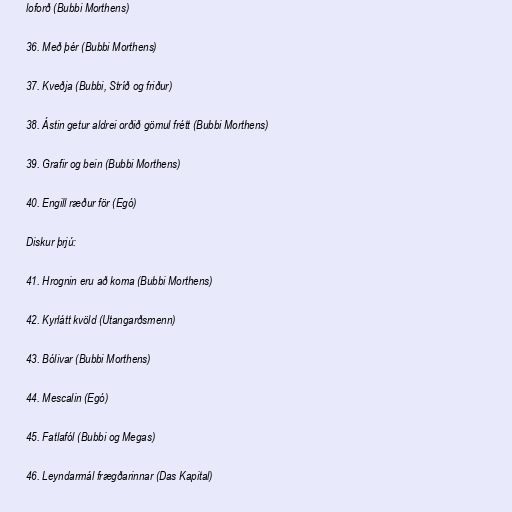
loforð (Bubbi Morthens)

36. Með þér (Bubbi Morthens)

37. Kveðja (Bubbi, Stríð og friður)

38. Ástin getur aldrei orðið gömul frétt (Bubbi Morthens)

39. Grafir og bein (Bubbi Morthens)

40. Engill ræður för (Egó)

Diskur þrjú:

41. Hrognin eru að koma (Bubbi Morthens)

42. Kyrlátt kvöld (Utangarðsmenn)

43. Bólivar (Bubbi Morthens)

44. Mescalin (Egó)

45. Fatlafól (Bubbi og Megas)

46. Leyndarmál frægðarinnar (Das Kapital)